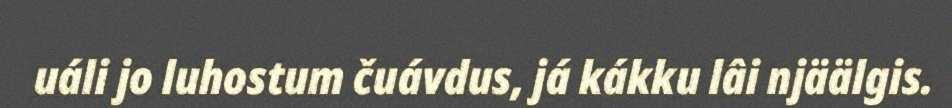
uáli jo luhostum čuávdus, já kákku lâi njäälgis.